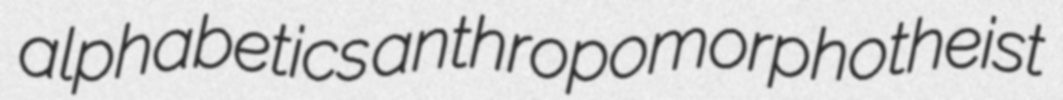
alphabetics anthropomorphotheist